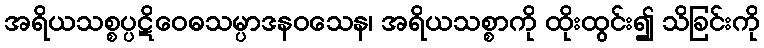
အရိယသစ္စပ္ပဋိဝေဓသမ္ပာဒနဝသေန၊ အရိယသစ္စာကို ထိုးထွင်း၍ သိခြင်းကို